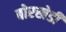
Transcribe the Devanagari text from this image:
बोरखेडी